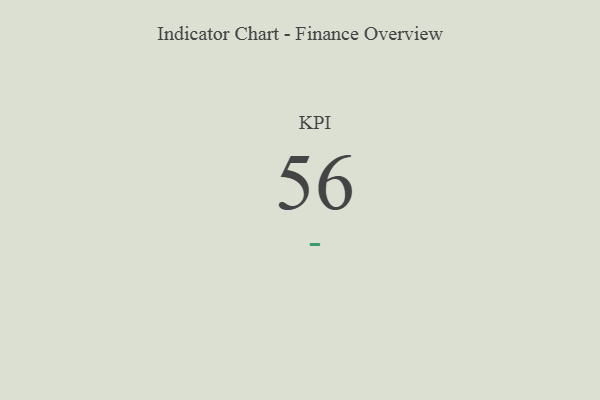
{"axis": {"x": "KPI", "y": "Value"}, "legend": [""], "data": [{"x": "KPI", "y": 56, "type": ""}]}